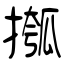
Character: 摦